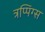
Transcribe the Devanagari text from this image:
त्रप्पिंग्स